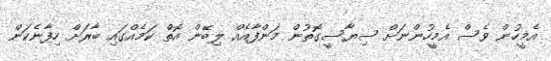
އެމީހުން ވެސް އެމީހުންނަށް ސިޔާސީގޮތުން މަންފާއެއް ލިބޭން އޮތް ކަމެއްގައި ބާރަށް ހިފާނެކަން